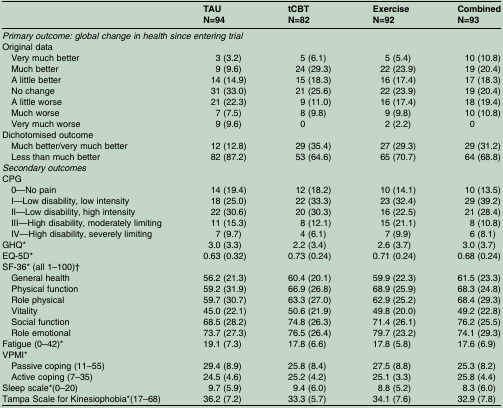
<table><thead><tr><td></td><td><b>TAUN=94</b></td><td><b>tCBTN=82</b></td><td><b>ExerciseN=92</b></td><td><b>CombinedN=93</b></td></tr></thead><tbody><tr><td colspan="5"><i>Primary outcome: global change in health since entering trial</i></td></tr><tr><td colspan="5">Original data</td></tr><tr><td> Very much better</td><td>3 (3.2)</td><td>5 (6.1)</td><td>5 (5.4)</td><td>10 (10.8)</td></tr><tr><td> Much better</td><td>9 (9.6)</td><td>24 (29.3)</td><td>22 (23.9)</td><td>19 (20.4)</td></tr><tr><td> A little better</td><td>14 (14.9)</td><td>15 (18.3)</td><td>16 (17.4)</td><td>17 (18.3)</td></tr><tr><td> No change</td><td>31 (33.0)</td><td>21 (25.6)</td><td>22 (23.9)</td><td>19 (20.4)</td></tr><tr><td> A little worse</td><td>21 (22.3)</td><td>9 (11.0)</td><td>16 (17.4)</td><td>18 (19.4)</td></tr><tr><td> Much worse</td><td>7 (7.5)</td><td>8 (9.8)</td><td>9 (9.8)</td><td>10 (10.8)</td></tr><tr><td> Very much worse</td><td>9 (9.6)</td><td>0</td><td>2 (2.2)</td><td>0</td></tr><tr><td colspan="5">Dichotomised outcome</td></tr><tr><td> Much better/very much better</td><td>12 (12.8)</td><td>29 (35.4)</td><td>27 (29.3)</td><td>29 (31.2)</td></tr><tr><td> Less than much better</td><td>82 (87.2)</td><td>53 (64.6)</td><td>65 (70.7)</td><td>64 (68.8)</td></tr><tr><td colspan="5"><i>Secondary outcomes</i></td></tr><tr><td colspan="5">CPG</td></tr><tr><td> 0—No pain</td><td>14 (19.4)</td><td>12 (18.2)</td><td>10 (14.1)</td><td>10 (13.5)</td></tr><tr><td> I—Low disability, low intensity</td><td>18 (25.0)</td><td>22 (33.3)</td><td>23 (32.4)</td><td>29 (39.2)</td></tr><tr><td> II—Low disability, high intensity</td><td>22 (30.6)</td><td>20 (30.3)</td><td>16 (22.5)</td><td>21 (28.4)</td></tr><tr><td> III—High disability, moderately limiting</td><td>11 (15.3)</td><td>8 (12.1)</td><td>15 (21.1)</td><td>8 (10.8)</td></tr><tr><td> IV—High disability, severely limiting</td><td>7 (9.7)</td><td>4 (6.1)</td><td>7 (9.9)</td><td>6 (8.1)</td></tr><tr><td>GHQ*</td><td>3.0 (3.3)</td><td>2.2 (3.4)</td><td>2.6 (3.7)</td><td>3.0 (3.7)</td></tr><tr><td>EQ-5D*</td><td>0.63 (0.32)</td><td>0.73 (0.24)</td><td>0.71 (0.24)</td><td>0.68 (0.24)</td></tr><tr><td colspan="5">SF-36* (all 1–100)†</td></tr><tr><td> General health</td><td>56.2 (21.3)</td><td>60.4 (20.1)</td><td>59.9 (22.3)</td><td>61.5 (23.3)</td></tr><tr><td> Physical function</td><td>59.2 (31.9)</td><td>66.9 (26.8)</td><td>68.9 (25.9)</td><td>68.3 (24.8)</td></tr><tr><td> Role physical</td><td>59.7 (30.7)</td><td>63.3 (27.0)</td><td>62.9 (25.2)</td><td>68.4 (29.3)</td></tr><tr><td> Vitality</td><td>45.0 (22.1)</td><td>50.6 (21.9)</td><td>49.8 (20.0)</td><td>49.2 (22.8)</td></tr><tr><td> Social function</td><td>68.5 (28.2)</td><td>74.8 (26.3)</td><td>71.4 (26.1)</td><td>76.2 (25.5)</td></tr><tr><td> Role emotional</td><td>73.7 (27.3)</td><td>76.5 (26.4)</td><td>79.7 (23.2)</td><td>74.1 (29.3)</td></tr><tr><td>Fatigue (0–42)*</td><td>19.1 (7.3)</td><td>17.8 (6.6)</td><td>17.8 (5.8)</td><td>17.6 (6.9)</td></tr><tr><td colspan="5">VPMI*</td></tr><tr><td> Passive coping (11–55)</td><td>29.4 (8.9)</td><td>25.8 (8.4)</td><td>27.5 (8.8)</td><td>25.3 (8.2)</td></tr><tr><td> Active coping (7–35)</td><td>24.5 (4.6)</td><td>25.2 (4.2)</td><td>25.1 (3.3)</td><td>25.8 (4.4)</td></tr><tr><td>Sleep scale*(0–20)</td><td>9.7 (5.9)</td><td>9.4 (6.0)</td><td>8.8 (5.2)</td><td>8.3 (6.0)</td></tr><tr><td>Tampa Scale for Kinesiophobia*(17–68)</td><td>36.2 (7.2)</td><td>33.3 (5.7)</td><td>34.1 (7.6)</td><td>32.9 (7.8)</td></tr></tbody></table>